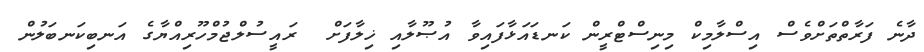
ދާނެ ފަރާތްތަށްވެސް އިސްލާމިކް މިނިސްޓްރީން ކަނޑައަޅާފައިވާ އުޞޫލާއި ޚިލާފަށް  ރައީސުލްޖުމްހޫރިއްޔާގެ އަނބިކަނބަލުން